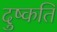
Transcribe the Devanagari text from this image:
दुष्‍कति